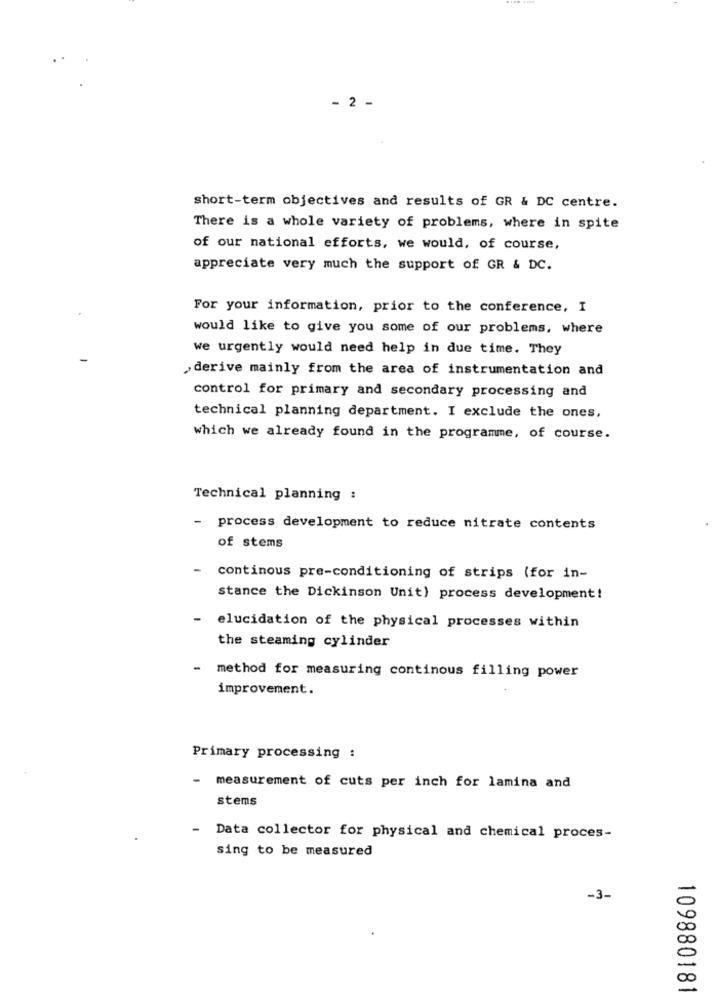
- 2 -
short-term objectives and results of GR & DC centre.
There is a whole variety of problems, where in spite
of our national efforts, we would, of course,
appreciate very much the support of GR & DC.
For your information, prior to the conference, I
.
would like to give you some of our problems, where
we urgently would need help in due time. They
„derive mainly from the area of instrumentation and
control for primary and secondary processing and
technical planning department. I exclude the ones,
which we already found in the programme, of course.
Technical planning :
- process development to reduce nitrate contents
of stems
continous pre-conditioning of strips (for in-
stance the Dickinson Unit) process development!
- elucidation of the physical processes within
the steaming cylinder
method for measuring continous filling power
improvement.
Primary processing :
-
measurement of cuts per inch for lamina and
stems
- Data collector for physical and chemical proces-
sing to be measured
-3-
109880181